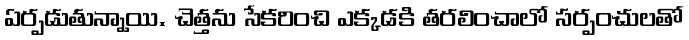
ఏర్పడుతున్నాయి. చెత్తను సేకరించి ఎక్కడకి తరలించాలో సర్పంచులతో